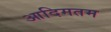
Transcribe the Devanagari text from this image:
आदिमतम